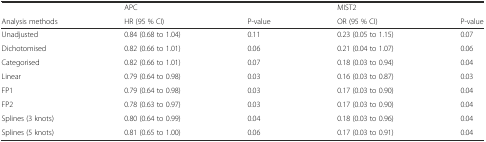
<table><thead><tr><td></td><td><b>APC</b></td><td></td><td><b>MIST2</b></td><td></td></tr><tr><td><b>Analysis methods</b></td><td><b>HR (95 % CI)</b></td><td><b>P-value</b></td><td><b>OR (95 % CI)</b></td><td><b>P-value</b></td></tr></thead><tbody><tr><td>Unadjusted</td><td>0.84 (0.68 to 1.04)</td><td>0.11</td><td>0.23 (0.05 to 1.15)</td><td>0.07</td></tr><tr><td>Dichotomised</td><td>0.82 (0.66 to 1.01)</td><td>0.06</td><td>0.21 (0.04 to 1.07)</td><td>0.06</td></tr><tr><td>Categorised</td><td>0.82 (0.66 to 1.01)</td><td>0.07</td><td>0.18 (0.03 to 0.94)</td><td>0.04</td></tr><tr><td>Linear</td><td>0.79 (0.64 to 0.98)</td><td>0.03</td><td>0.16 (0.03 to 0.87)</td><td>0.03</td></tr><tr><td>FP1</td><td>0.79 (0.64 to 0.98)</td><td>0.03</td><td>0.17 (0.03 to 0.90)</td><td>0.04</td></tr><tr><td>FP2</td><td>0.78 (0.63 to 0.97)</td><td>0.03</td><td>0.17 (0.03 to 0.90)</td><td>0.04</td></tr><tr><td>Splines (3 knots)</td><td>0.80 (0.64 to 0.99)</td><td>0.04</td><td>0.18 (0.03 to 0.96)</td><td>0.04</td></tr><tr><td>Splines (5 knots)</td><td>0.81 (0.65 to 1.00)</td><td>0.06</td><td>0.17 (0.03 to 0.91)</td><td>0.04</td></tr></tbody></table>